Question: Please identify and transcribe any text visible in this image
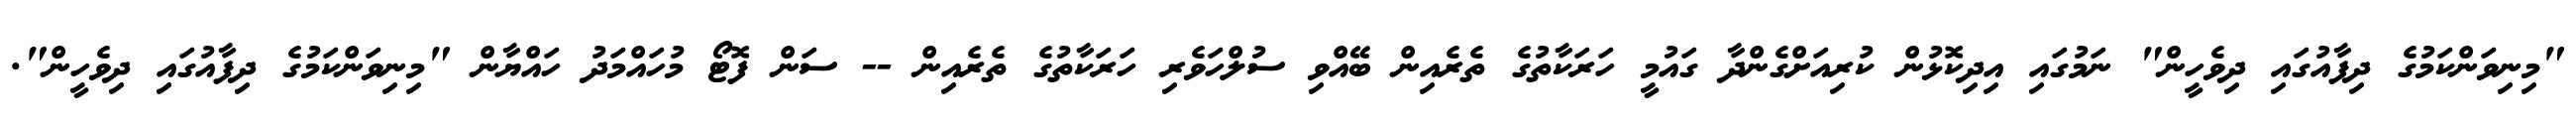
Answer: "މިނިވަންކަމުގެ ދިފާއުގައި ދިވެހީން" ނަމުގައި އިދިކޮޅުން ކުރިއަށްގެންދާ ގައުމީ ހަރަކާތުގެ ތެރެއިން ބޭއްވި ސުލްހަވެރި ހަރަކާތުގެ ތެރެއިން -- ސަން ފޮޓޯ މުހައްމަދު ހައްޔާން "މިނިވަންކަމުގެ ދިފާއުގައި ދިވެހީން".